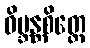
ဝိဗ္ဘန္တစိတ္တေ